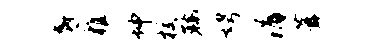
底稚坤校鞍娉涓葺